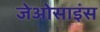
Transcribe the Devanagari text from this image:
जेओसाइंस